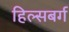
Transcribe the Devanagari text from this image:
हिल्सबर्ग